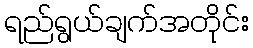
ရည်ရွယ်ချက်အတိုင်း